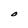
Character: O